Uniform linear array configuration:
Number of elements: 4
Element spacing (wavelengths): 1
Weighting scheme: blackman
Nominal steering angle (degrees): -15
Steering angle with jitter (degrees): -14.621
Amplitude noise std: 0.05
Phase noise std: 0.05

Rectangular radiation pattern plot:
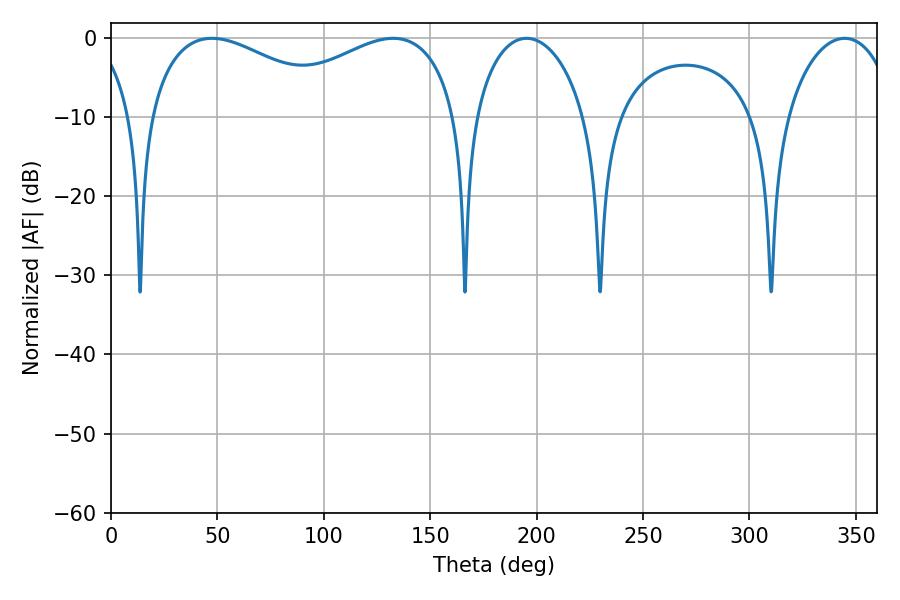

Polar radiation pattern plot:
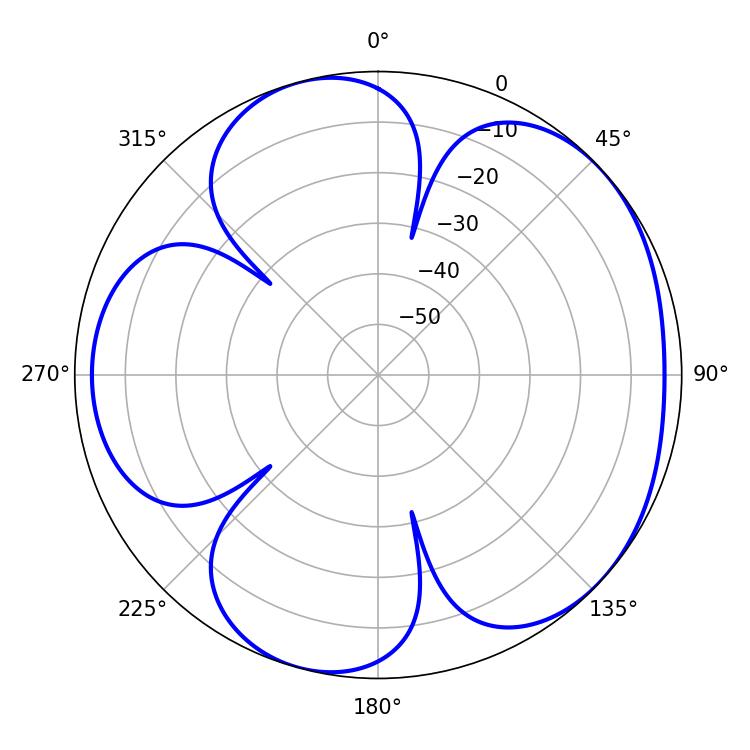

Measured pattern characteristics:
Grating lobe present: TRUE
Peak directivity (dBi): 4.786
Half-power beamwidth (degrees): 29.88
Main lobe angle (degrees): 195.3